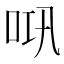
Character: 𱒗